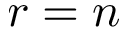
r = n